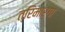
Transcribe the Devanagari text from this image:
त्रिमार्गा